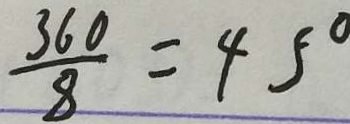
\frac { 3 6 0 } { 8 } = 4 5 ^ { \circ }